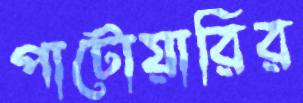
পাটোয়ারির